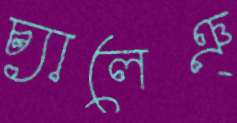
চ্যালেঞ্